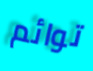
توائم